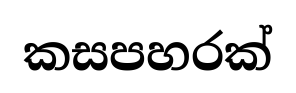
කසපහරක්